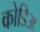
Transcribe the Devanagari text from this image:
कोडिअ